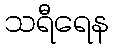
သရီရေန